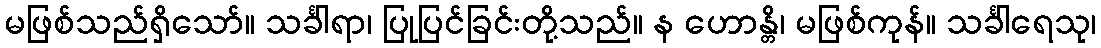
မဖြစ်သည်ရှိသော်။ သင်္ခါရာ၊ ပြုပြင်ခြင်းတို့သည်။ န ဟောန္တိ၊ မဖြစ်ကုန်။ သင်္ခါရေသု၊